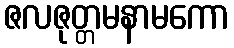
ဇလဇုတ္တမနာမကော